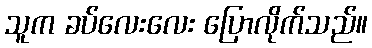
သူက ခပ်လေးလေး ပြောလိုက်သည်။